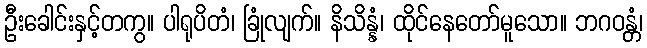
ဦးခေါင်းနှင့်တကွ။ ပါရုပိတံ၊ ခြုံလျက်။ နိသိန္နံ၊ ထိုင်နေတော်မူသော။ ဘဂဝန္တံ၊